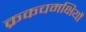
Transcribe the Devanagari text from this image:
क्रकचमक्षियों